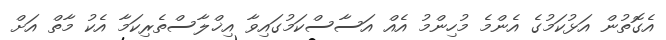
އެގޮތުން އަޅުކަމުގެ އެންމެ މުހިންމު އެއް އަސާސްކަމުގައިވާ އިޚްލާސްތެރިކަމާ އެކު މާތް އަށް